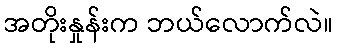
အတိုးနှုန်းက ဘယ်လောက်လဲ။